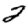
Digit: 2